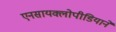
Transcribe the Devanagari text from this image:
एनसायक्लोपीडियाने